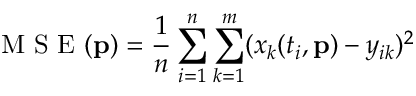
\mathrm { ~ M ~ S ~ E ~ } ( \mathbf { p } ) = \frac { 1 } { n } \sum _ { i = 1 } ^ { n } \sum _ { k = 1 } ^ { m } ( x _ { k } ( t _ { i } , \mathbf { p } ) - y _ { i k } ) ^ { 2 }